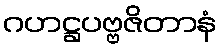
ဂဟဋ္ဌပဗ္ဗဇိတာနံ